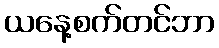
ယနေ့စက်တင်ဘာ